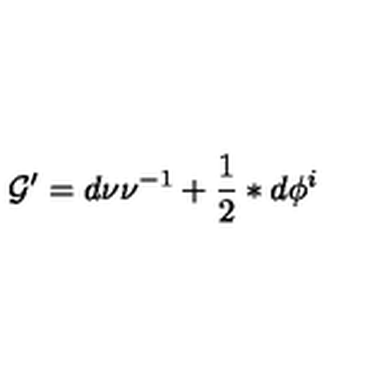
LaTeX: \mathcal { G } ^ { \prime } = d \nu \nu ^ { - 1 } + \frac { 1 } { 2 } \ast d \phi ^ { i }